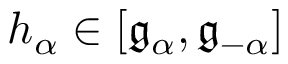
h _ { \alpha } \in [ { \mathfrak { g } } _ { \alpha } , { \mathfrak { g } } _ { - \alpha } ]